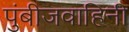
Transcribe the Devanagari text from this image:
पुंबीजवाहिनी